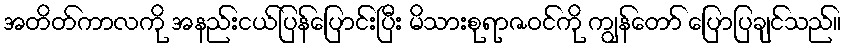
အတိတ်ကာလကို အနည်းငယ်ပြန်ပြောင်းပြီး မိသားစုရာဇဝင်ကို ကျွန်တော် ပြောပြချင်သည်။